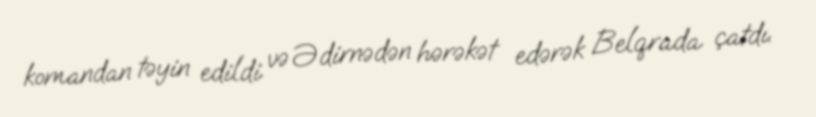
komandan təyin edildi və Ədirnədən hərəkət edərək Belqrada çatdı.